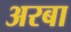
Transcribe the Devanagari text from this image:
अरबा